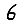
Digit: 6